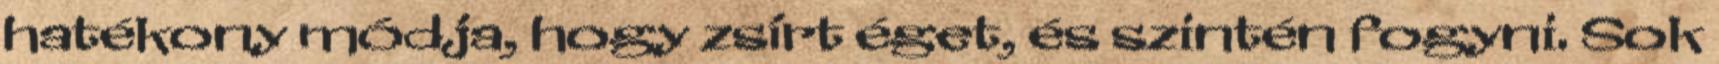
hatékony módja, hogy zsírt éget, és szintén fogyni. Sok